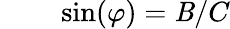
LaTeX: {}\quad\quad\sin(\varphi)=\mathit{B}/C